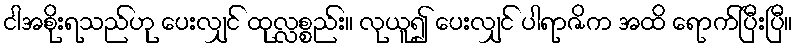
ငါအစိုးရသည်ဟု ပေးလျှင် ထုလ္လစ္စည်း။ လုယူ၍ ပေးလျှင် ပါရာဇိက အထိ ရောက်ပြီးပြီ။